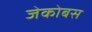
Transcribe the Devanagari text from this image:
जेकोबस